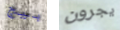
بيج يجرون